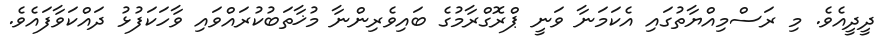
ދީދީއެވެ. މި ރަސްމިއްޔާތުގައި އެކަމަނާ ވަނީ ޕްރޮގްރާމުގެ ބައިވެރިންނާ މުޚާތަބުކުރައްވައި ވާހަކަފުޅު ދައްކަވާފައެވެ.